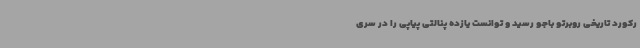
رکورد تاریخی روبرتو باجو رسید و توانست یازده پنالتی پیاپی را در سری